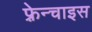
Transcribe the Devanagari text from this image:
फ़्रेन्चाइस